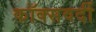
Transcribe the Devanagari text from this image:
कॉक्सवर्दी